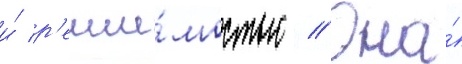
и́ р'еши́мостью // Она́